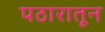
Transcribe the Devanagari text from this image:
पठारातून